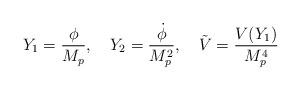
LaTeX: \begin{align*}Y_1={\phi \over M_p},\quad Y_2={\dot{\phi} \over M_p^2},\quad \tilde{V}={ V(Y_1) \over M_p^4}\end{align*}